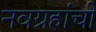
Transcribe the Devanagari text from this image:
नवग्रहांची